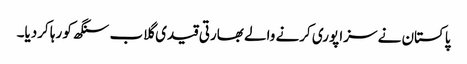
پاکستان نے سزا پوری کرنے والے بھارتی قیدی گلاب سنگھ کو رہا کردیا۔